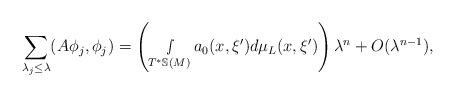
\begin{align*} \sum_{\lambda_{j}\leq \lambda}(A\phi_j,\phi_j)=\left(\smallint_{T^*\mathbb{S}(M)}a_{0}(x,\xi')d\mu_L(x,\xi')\right)\lambda^n+O(\lambda^{n-1}),\end{align*}